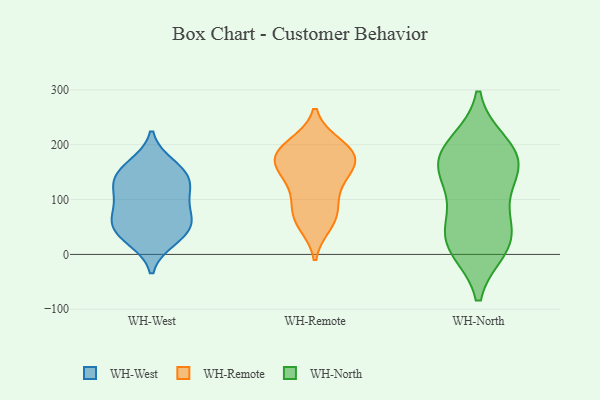
{"axis": {"x": "Inventory Turnover", "y": "Value"}, "legend": ["WH-North", "WH-Remote", "WH-West"], "data": [{"x": "", "y": 27, "type": "WH-West"}, {"x": "", "y": 151, "type": "WH-West"}, {"x": "", "y": 61, "type": "WH-West"}, {"x": "", "y": 122, "type": "WH-West"}, {"x": "", "y": 48, "type": "WH-West"}, {"x": "", "y": 163, "type": "WH-West"}, {"x": "", "y": 126, "type": "WH-West"}, {"x": "", "y": 104, "type": "WH-West"}, {"x": "", "y": 62, "type": "WH-West"}, {"x": "", "y": 81, "type": "WH-West"}, {"x": "", "y": 145, "type": "WH-West"}, {"x": "", "y": 35, "type": "WH-West"}, {"x": "", "y": 71, "type": "WH-Remote"}, {"x": "", "y": 182, "type": "WH-Remote"}, {"x": "", "y": 135, "type": "WH-Remote"}, {"x": "", "y": 56, "type": "WH-Remote"}, {"x": "", "y": 199, "type": "WH-Remote"}, {"x": "", "y": 183, "type": "WH-Remote"}, {"x": "", "y": 72, "type": "WH-Remote"}, {"x": "", "y": 192, "type": "WH-Remote"}, {"x": "", "y": 167, "type": "WH-Remote"}, {"x": "", "y": 147, "type": "WH-Remote"}, {"x": "", "y": 106, "type": "WH-Remote"}, {"x": "", "y": 169, "type": "WH-Remote"}, {"x": "", "y": 42, "type": "WH-North"}, {"x": "", "y": 175, "type": "WH-North"}, {"x": "", "y": 79, "type": "WH-North"}, {"x": "", "y": 165, "type": "WH-North"}, {"x": "", "y": 189, "type": "WH-North"}, {"x": "", "y": 134, "type": "WH-North"}, {"x": "", "y": 152, "type": "WH-North"}, {"x": "", "y": 25, "type": "WH-North"}, {"x": "", "y": 18, "type": "WH-North"}, {"x": "", "y": 13, "type": "WH-North"}, {"x": "", "y": 200, "type": "WH-North"}]}